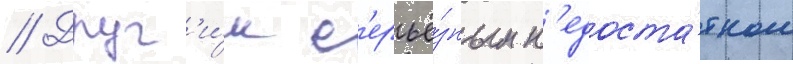
// Друг'и́м с'ерьё́зным н'едоста́тком